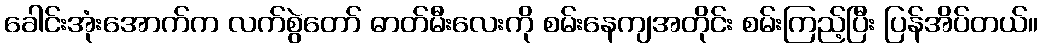
ခေါင်းအုံးအောက်က လက်စွဲတော် ဓာတ်မီးလေးကို စမ်းနေကျအတိုင်း စမ်းကြည့်ပြီး ပြန်အိပ်တယ်။